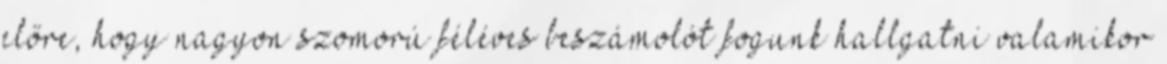
előre, hogy nagyon szomorú féléves beszámolót fogunk hallgatni valamikor